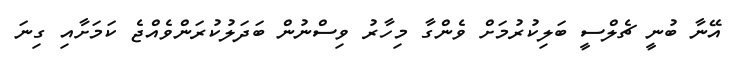
އޭނާ ބުނީ ޗެލްސީ ބަލިކުރުމަށް ވެންގާ މިހާރު ވިސްނުން ބަދަލުކުރަންވެއްޖެ ކަމަށާއި ގިނަ